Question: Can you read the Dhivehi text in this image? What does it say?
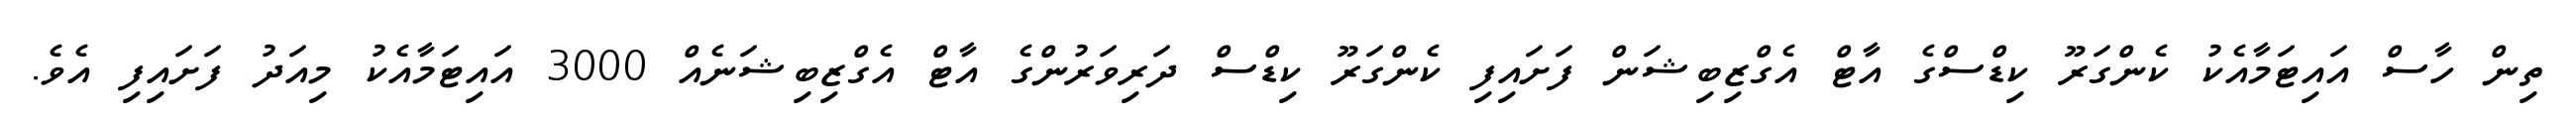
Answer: ތިން ހާސް އައިޓަމާއެކު ކެންގަރޫ ކިޑްސްގެ އާޓް އެގްޒިބިޝަން ފަށައިފި ކެންގަރޫ ކިޑްސް ދަރިވަރުންގެ އާޓް އެގްޒިބިޝަނެއް 3000 އައިޓަމާއެކު މިއަދު ފަށައިފި އެވެ.